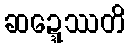
ဆဍ္ဍေဿတိ